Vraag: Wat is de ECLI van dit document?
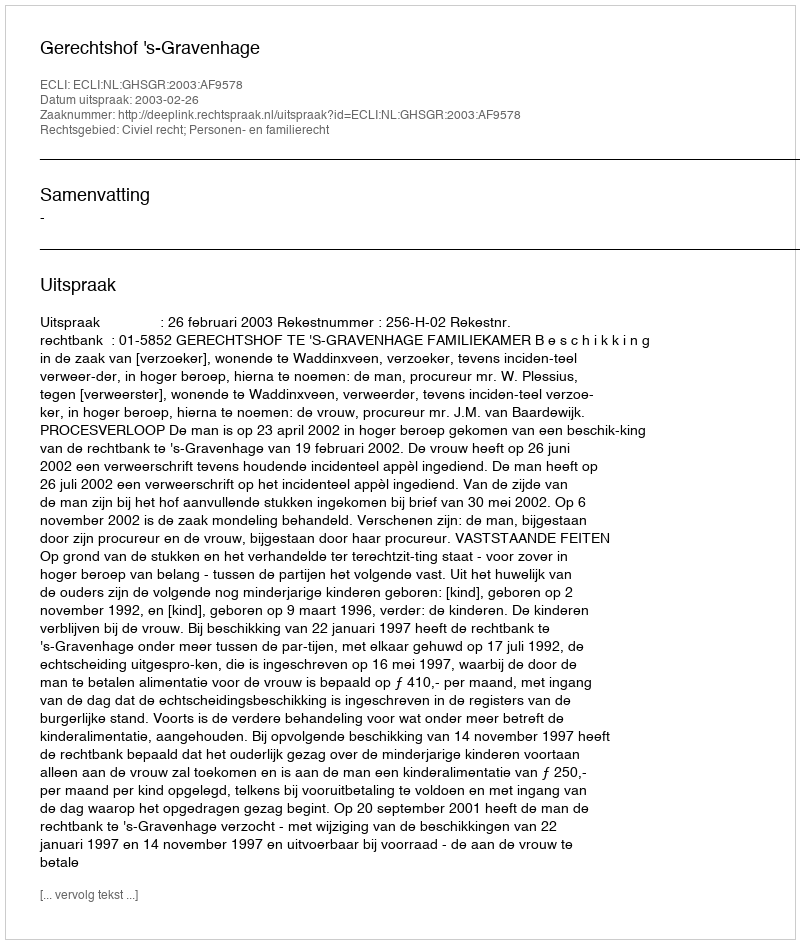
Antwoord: ECLI:NL:GHSGR:2003:AF9578